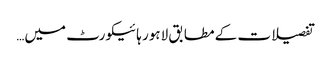
تفصیلات کے مطابق لاہور ہائیکورٹ میں…